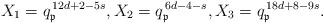
LaTeX: \begin{align*} X_1 = q_\mathfrak{p}^{\, 12d + 2 - 5s}, X_2 = q_\mathfrak{p}^{\, 6d-4-s}, X_3 = q_\mathfrak{p}^{\, 18d+8-9s}.\end{align*}